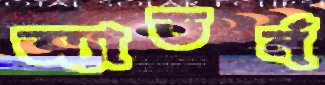
অ্যাডর্ন